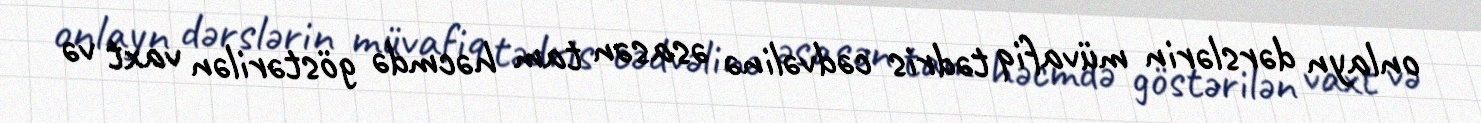
onlayn dərslərin müvafiq tədris cədvəlinə əsasən tam həcmdə göstərilən vaxt və